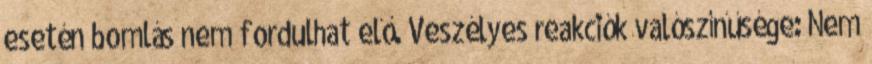
esetén bomlás nem fordulhat elő. Veszélyes reakciók valószínűsége: Nem